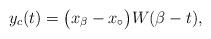
LaTeX: \begin{align*} y_c(t) = \bigl(x_\beta - x_\circ\bigr)W(\beta-t) , \end{align*}